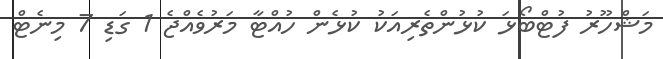
މަޝްހޫރު ފުޓްބޯޅަ ކުޅުންތެރިއަކު ކުޅެން ހުއްޓާ މަރުވެއްޖެ 1 ގަޑި 7 މިނެޓް